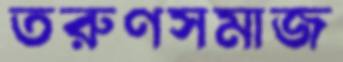
তরুণসমাজ